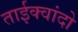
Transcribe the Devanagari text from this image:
ताईक्वांदो